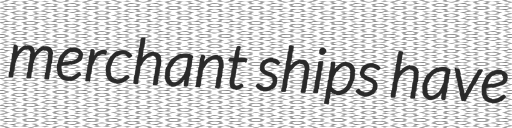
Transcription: merchant ships have